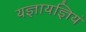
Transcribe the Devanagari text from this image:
यज्ञायज्ञियं